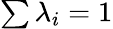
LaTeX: \textstyle\sum\lambda_{i}=1